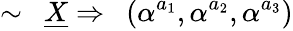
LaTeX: \sim~~\underline{{{X}}}\Rightarrow~~(\alpha^{a_{1}},\alpha^{a_{2}},\alpha^{a_{3}})